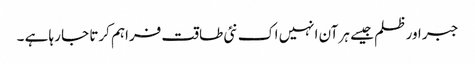
جبر اور ظلم جیسے ہر آن انہیں اک نئی طاقت فراہم کرتا جا رہا ہے ۔